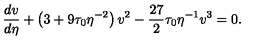
\frac { d v } { d \eta } + \left( 3 + 9 \tau _ { 0 } \eta ^ { - 2 } \right) v ^ { 2 } - \frac { 2 7 } 2 \tau _ { 0 } \eta ^ { - 1 } v ^ { 3 } = 0 .